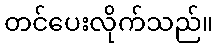
တင်ပေးလိုက်သည်။